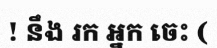
! នឹង រក អ្នក ចេះ (